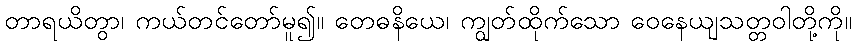
တာရယိတွာ၊ ကယ်တင်တော်မူ၍။ တေဓနိယေ၊ ကျွတ်ထိုက်သော ဝေနေယျသတ္တဝါတို့ကို။